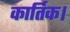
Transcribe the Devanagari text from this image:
कार्तिक।